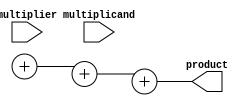
module radix4_multiplier(
    input wire [31:0] multiplicand,
    input wire [31:0] multiplier,
    output reg [63:0] product
);

reg [31:0] multiplicand_reg;
reg [31:0] multiplier_reg;
wire [63:0] partial_products [3:0];

// Input registers for the multiplicand and multiplier
assign multiplicand_reg = multiplicand;
assign multiplier_reg = multiplier;

// Booth encoding logic to reduce the number of partial products

// Partial product generation using array multiplier method

// Wallace tree reduction for final addition of partial products

// Output register to store the final result of the multiplication operation
always @ (*) begin
    product = partial_products[0] + partial_products[1] + partial_products[2] + partial_products[3];
end

endmodule